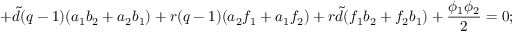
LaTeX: + { \tilde { d } } ( q - 1 ) ( a _ { 1 } b _ { 2 } + a _ { 2 } b _ { 1 } ) + r ( q - 1 ) ( a _ { 2 } f _ { 1 } + a _ { 1 } f _ { 2 } ) + r { \tilde { d } } ( f _ { 1 } b _ { 2 } + f _ { 2 } b _ { 1 } ) + \frac { \phi _ { 1 } \phi _ { 2 } } { 2 } = 0 ;